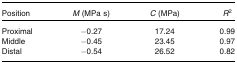
| Position | M (MPa s) | C (MPa) | R2 |
 | --- | --- | --- | --- |
 | Proximal | −0.27 | 17.24 | 0.99 |
 | Middle | −0.45 | 23.45 | 0.97 |
 | Distal | −0.54 | 26.52 | 0.82 |